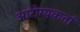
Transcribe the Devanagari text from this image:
आरोग्यकर्ता